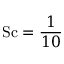
\mathrm { S c } = \frac { 1 } { 1 0 }